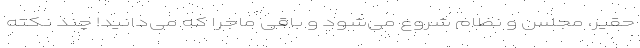
حقیر، مجلس و نظام شروع می‌شود و باقی ماجرا که می‌دانید! چند نکته